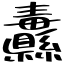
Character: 纛